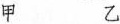
甲 乙